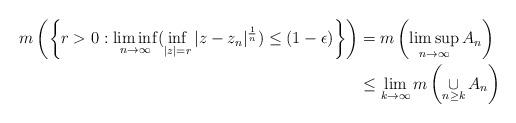
LaTeX: \begin{align*}m\left(\left\{r>0 :\liminf\limits_{n \rightarrow \infty}(\inf\limits_{|z|=r}|z-z_n|^\frac{1}{n}) \leq (1-\epsilon)\right\}\right) & = m\left(\limsup\limits_{n \rightarrow \infty}A_n\right) \\& \leq \lim\limits_{k \rightarrow \infty}m\left(\mathop{\cup}_{n \geq k} A_n\right) \end{align*}